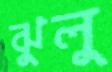
ঝুলু